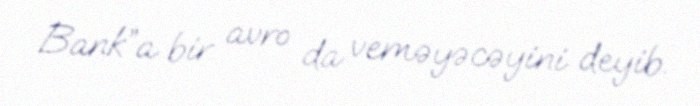
Bank”a bir avro da veməyəcəyini deyib.